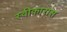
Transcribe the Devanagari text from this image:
स्वीकारास